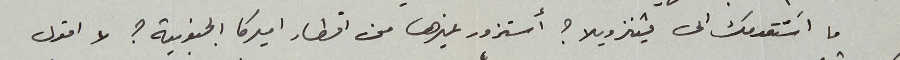
ما اسَتقدمك الى فينزويلا؟ أستزور غيرها من اقطار اميركا الجنوبية؟ لا اقول